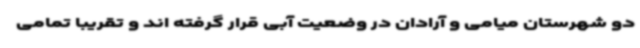
دو شهرستان میامی و آرادان در وضعیت آبی قرار گرفته اند و تقریبا تمامی